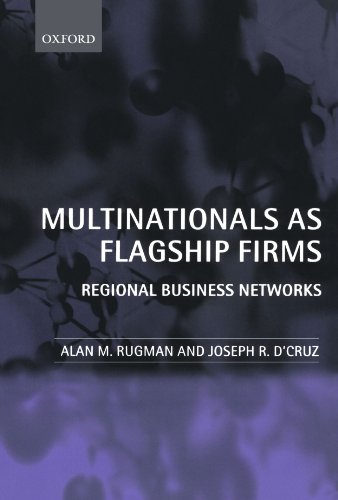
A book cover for Multinationals As Flagship Firms: Regional Business Networks; Alan M. Rugman; Business & Money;